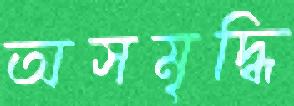
অসমৃদ্ধি